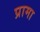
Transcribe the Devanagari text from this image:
प्रामा